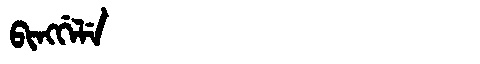
Manchu: ᠪᡳᠩᡤᡝᠯᡝ
Romanization: BINGGELE